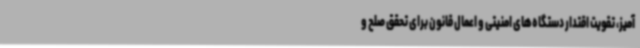
آمیز، تقویت اقتدار دستگاه‌های امنیتی و اعمال قانون برای تحقق صلح و